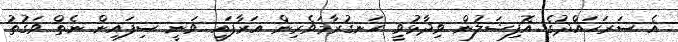
އެ ސަރަހައްދުގެ އޮފިޝަލުން ވިދާޅުވީ ހަނގުރާމަވެރިން އަރާފައި ވަނީ ސިފައިން ނެތް ވަގުތު